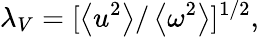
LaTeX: \lambda_{V}=[\left<u^{2}\right>/\left<\omega^{2}\right>]^{1/2},